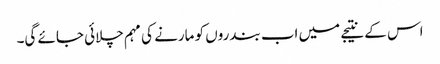
اس کے نتیجے میں اب بندروں کو مارنے کی مہم چلائی جائے گی۔